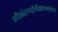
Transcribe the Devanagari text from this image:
सीओएफईपीआरआईएस